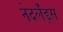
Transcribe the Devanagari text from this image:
नेदर्लँड्स